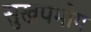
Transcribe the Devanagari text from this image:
सुखपभोग